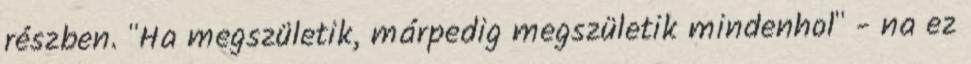
részben. "Ha megszületik, márpedig megszületik mindenhol" - na ez